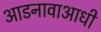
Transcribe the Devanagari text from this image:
आडनावाआधी